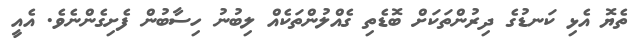
ތެޔޮ އެޅި ކަނޑުގެ ދިރުންތަކަށް ބޮޑެތި ގެއްލުންތަކެއް ލިބުނު ހިސާބުން ފެށިގެންނެވެ. އެއީ